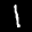
Label: 1